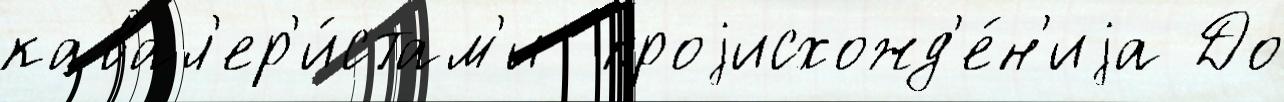
кавал'ер'и́стам'и  проjисхожд'е́н'иjа До